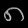
Digit: ၈